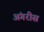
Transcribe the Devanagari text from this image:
अंगरीस